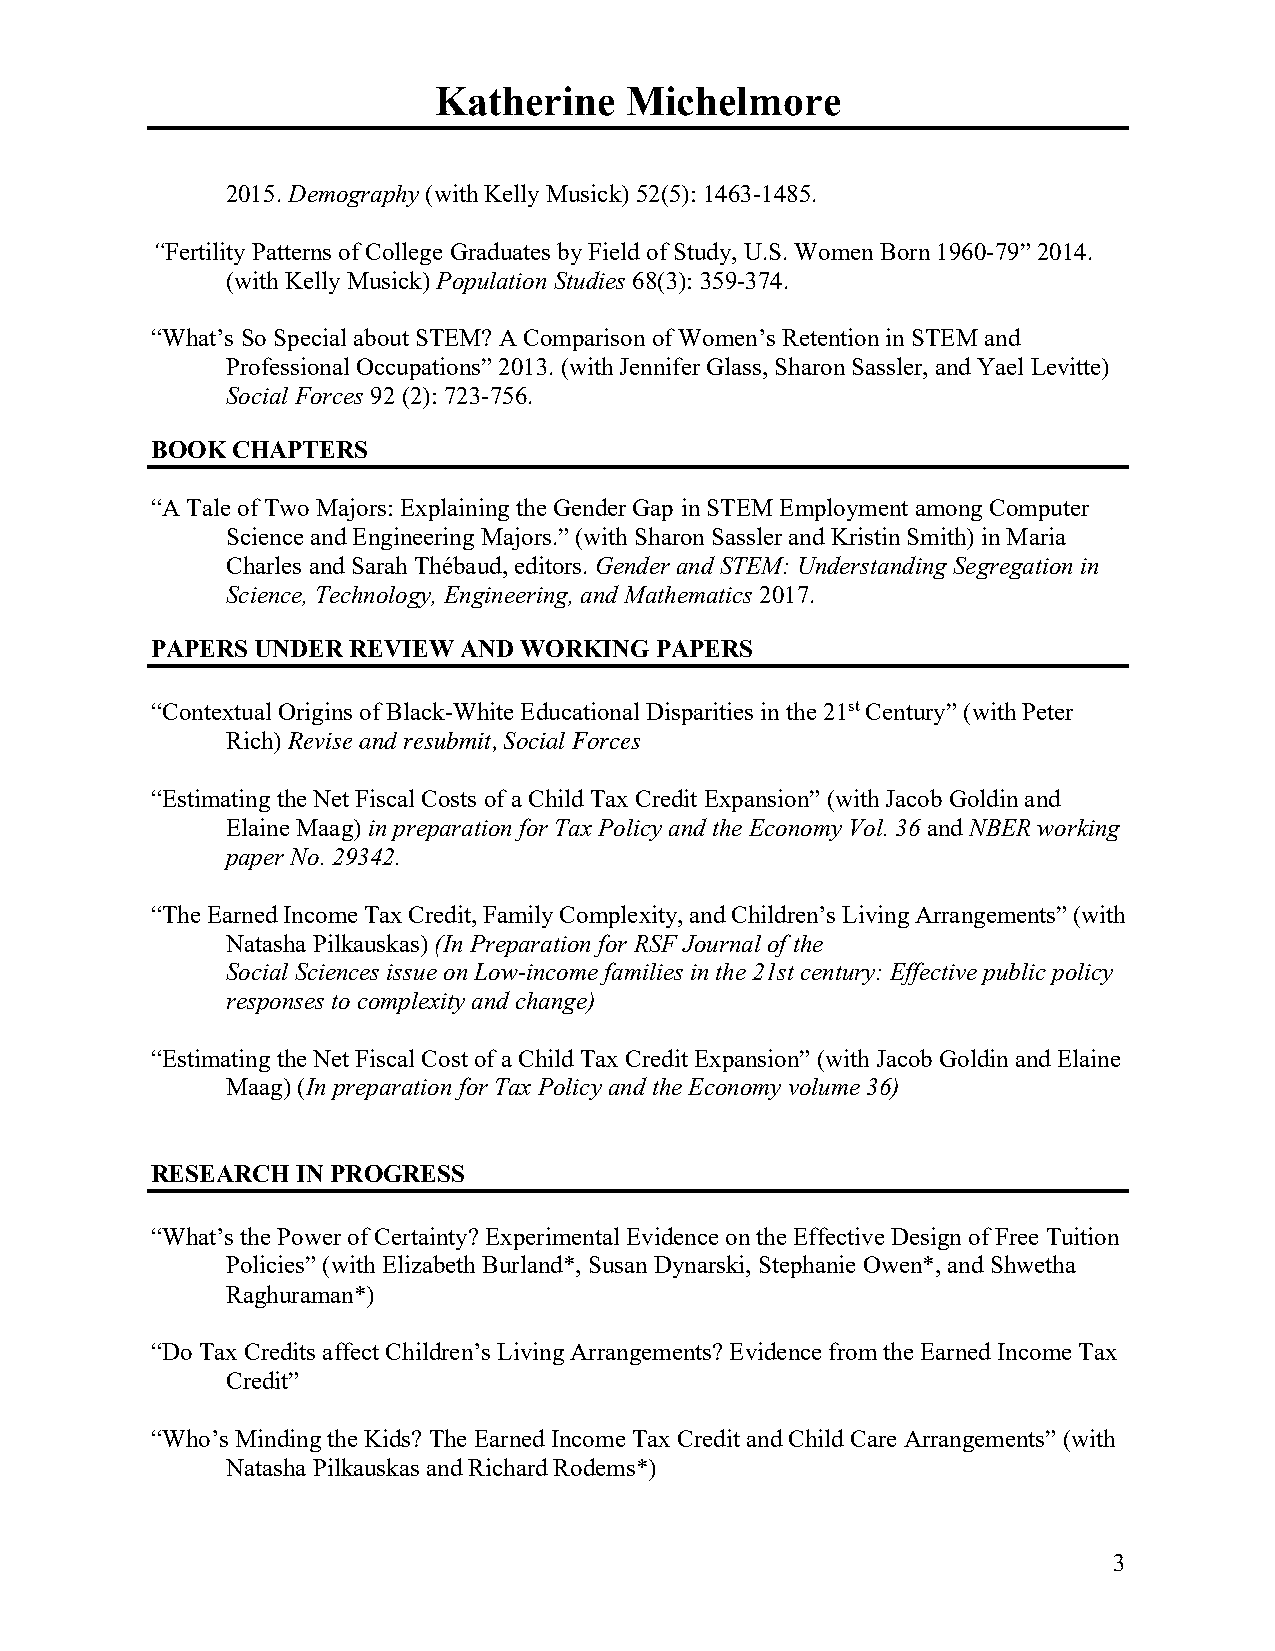
Katherine   Michelmore
 2015. Demography (with Kelly Musick) 52(5): 1463-1485.
 “Fertility Patterns of College Graduates by Field of Study, U.S. Women Born 1960-79” 2014.
 (with Kelly Musick) Population Studies 68(3): 359-374.
 “What’s So Special about STEM? A Comparison of Women’s Retention in STEM and
 Professional Occupations” 2013. (with Jennifer Glass, Sharon Sassler, and Yael Levitte)
 Social Forces 92 (2): 723-756.
 BOOK CHAPTERS
 “A Tale of Two Majors: Explaining the Gender Gap in STEM Employment among Computer
 Science and Engineering Majors.” (with Sharon Sassler and Kristin Smith) in Maria
 Charles and Sarah Thébaud, editors. Gender and STEM: Understanding Segregation in
 Science, Technology, Engineering, and Mathematics 2017.
 PAPERS UNDER REVIEW AND WORKING  PAPERS
 “Contextual Origins of Black-White Educational Disparities in the 21st Century” (with Peter
 Rich) Revise and resubmit, Social Forces
 “Estimating the Net Fiscal Costs of a Child Tax Credit Expansion” (with Jacob Goldin and
 Elaine Maag) in preparation for Tax Policy and the Economy Vol. 36 and NBER working
 paper No. 29342.
 “The Earned Income Tax Credit, Family Complexity, and Children’s Living Arrangements” (with
 Natasha Pilkauskas) (In Preparation for RSF Journal of the
 Social Sciences issue on Low-income families in the 21st century: Effective public policy
 responses to complexity and change)
 “Estimating the Net Fiscal Cost of a Child Tax Credit Expansion” (with Jacob Goldin and Elaine
 Maag) (In preparation for Tax Policy and the Economy volume 36)
 RESEARCH  IN PROGRESS
 “What’s the Power of Certainty? Experimental Evidence on the Effective Design of Free Tuition
 Policies” (with Elizabeth Burland*, Susan Dynarski, Stephanie Owen*, and Shwetha
 Raghuraman*)
 “Do Tax Credits affect Children’s Living Arrangements? Evidence from the Earned Income Tax
 Credit”
 “Who’s Minding the Kids? The Earned Income Tax Credit and Child Care Arrangements” (with
 Natasha Pilkauskas and Richard Rodems*)
 3